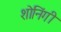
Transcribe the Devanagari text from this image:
शोनिंगी